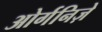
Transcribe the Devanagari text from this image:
ओर्गनिज़े